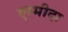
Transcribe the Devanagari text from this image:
एरमीदा